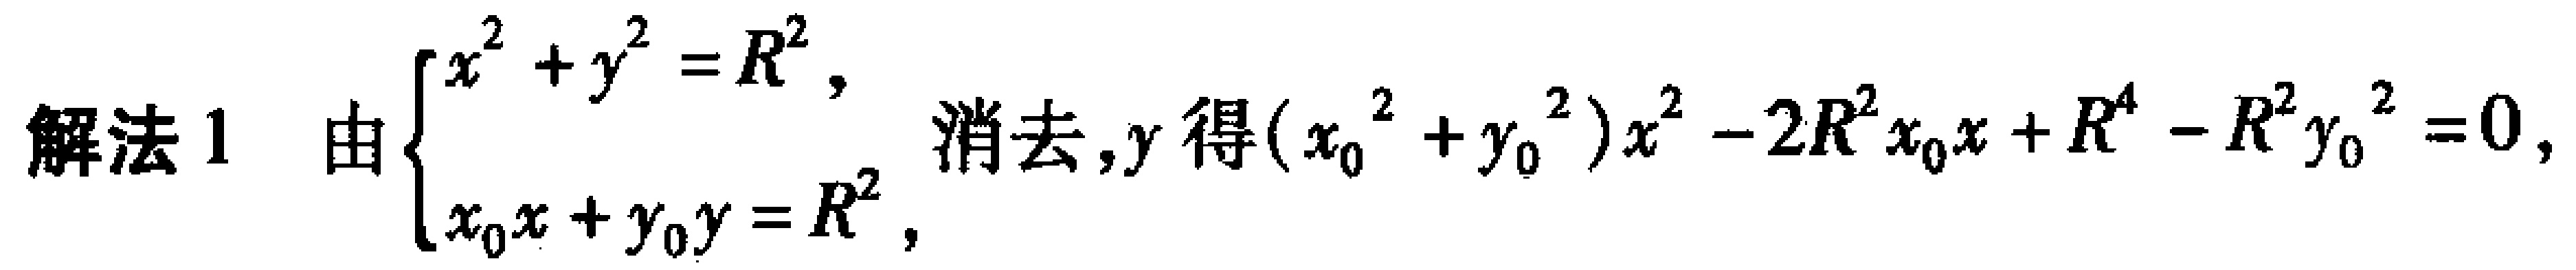
解法 1 由$\begin{cases}
x^{2}+y^{2}=R^{2},\\
x_{0}x + y_{0}y=R^{2},
\end{cases}$消去$y$得$(x_{0}^{2}+y_{0}^{2})x^{2}-2R^{2}x_{0}x + R^{4}-R^{2}y_{0}^{2}=0,$